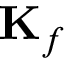
\mathbf { K } _ { f }